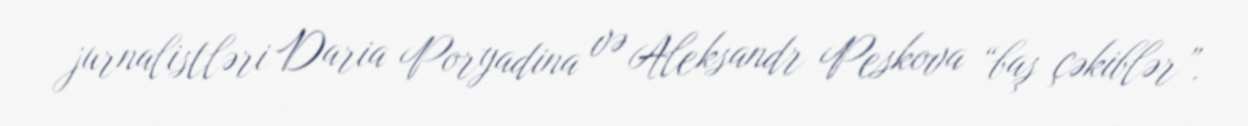
jurnalistləri Daria Poryadina və Aleksandr Peskova “baş çəkiblər”.